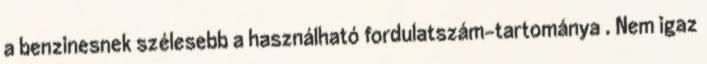
a benzinesnek szélesebb a használható fordulatszám-tartománya . Nem igaz